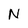
Character: N